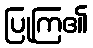
ပြုကြ၏